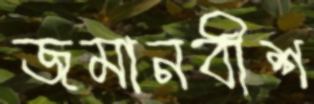
জমানবীশ